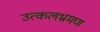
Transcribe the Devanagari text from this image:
उत्कलभ्रमण